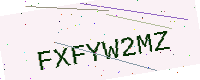
Text: FXFYW2MZ